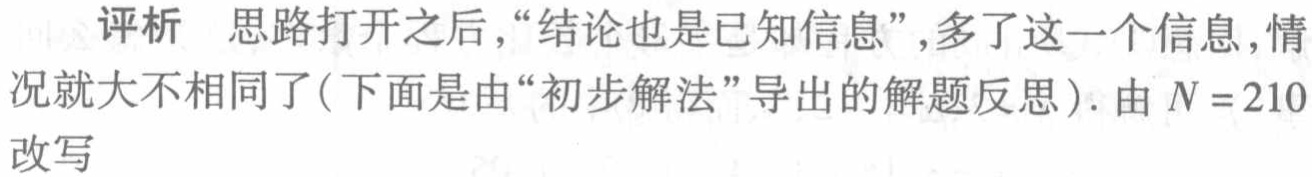
评析 思路打开之后，“结论也是已知信息”，多了这一个信息，情况就大不相同了(下面是由“初步解法”导出的解题反思). 由 \(N = 210\) 改写